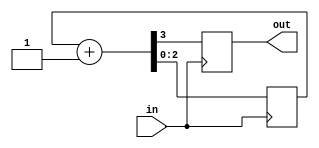
`timescale 1us/1ns
module frac_div(
  input  wire in,
  output reg  out
);

parameter Width = 3; // 2**3 = 8
parameter Incr  = 1;

reg [Width-1:0] counter = 0;

always @(posedge in)
  {out, counter} <= counter + Incr[Width:0];

endmodule